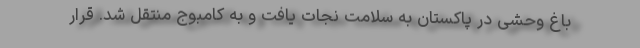
باغ وحشی در پاکستان به سلامت نجات یافت و به کامبوج منتقل شد. قرار